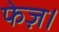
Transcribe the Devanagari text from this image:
फेज़।